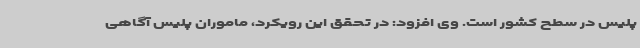
پلیس در سطح کشور است. وی افزود: در تحقق این رویکرد، ماموران پلیس آگاهی